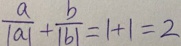
\frac { a } { \vert a \vert } + \frac { b } { \vert b \vert } = 1 + 1 = 2